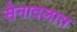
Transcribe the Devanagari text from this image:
सेनादलात